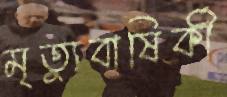
মৃত্যুবাষির্কী